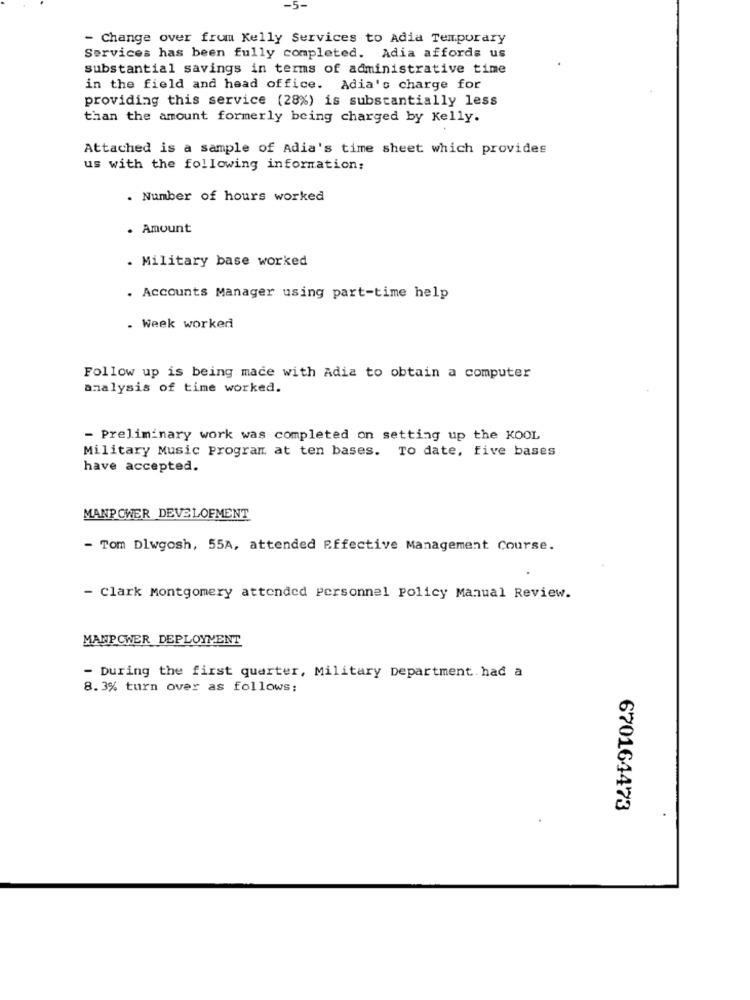
-5-
- Change over frum Kelly Services to Adia Temporary
Services has been fully completed. Adia affords us
substantial savings in terms of administrative time
in the field and head office. Adia's charge for
providing this service (28%) is substantially less
than the amount formerly being charged by Kelly.
Attached is a sample of Adia's time sheet which provides
us with the following information:
. Number of hours worked
. Amount
. Military base worked
. Accounts Manager using part-time help
. Week worked
Follow up is being made with Adia to obtain a computer
analysis of time worked.
- Preliminary work was completed on setting up the KOOL
Military Music Program at ten bases. To date, five bases
have accepted.
MANPOWER DEVELOPMENT
- Tom Dlwgosh, 55A, attended Effective Management Course.
- Clark Montgomery attended Personnel Policy Manual Review.
MANPOWER DEPLOYMENT
- During the first quarter, Military Department had a
8.3% turn over as follows:
670164473
.